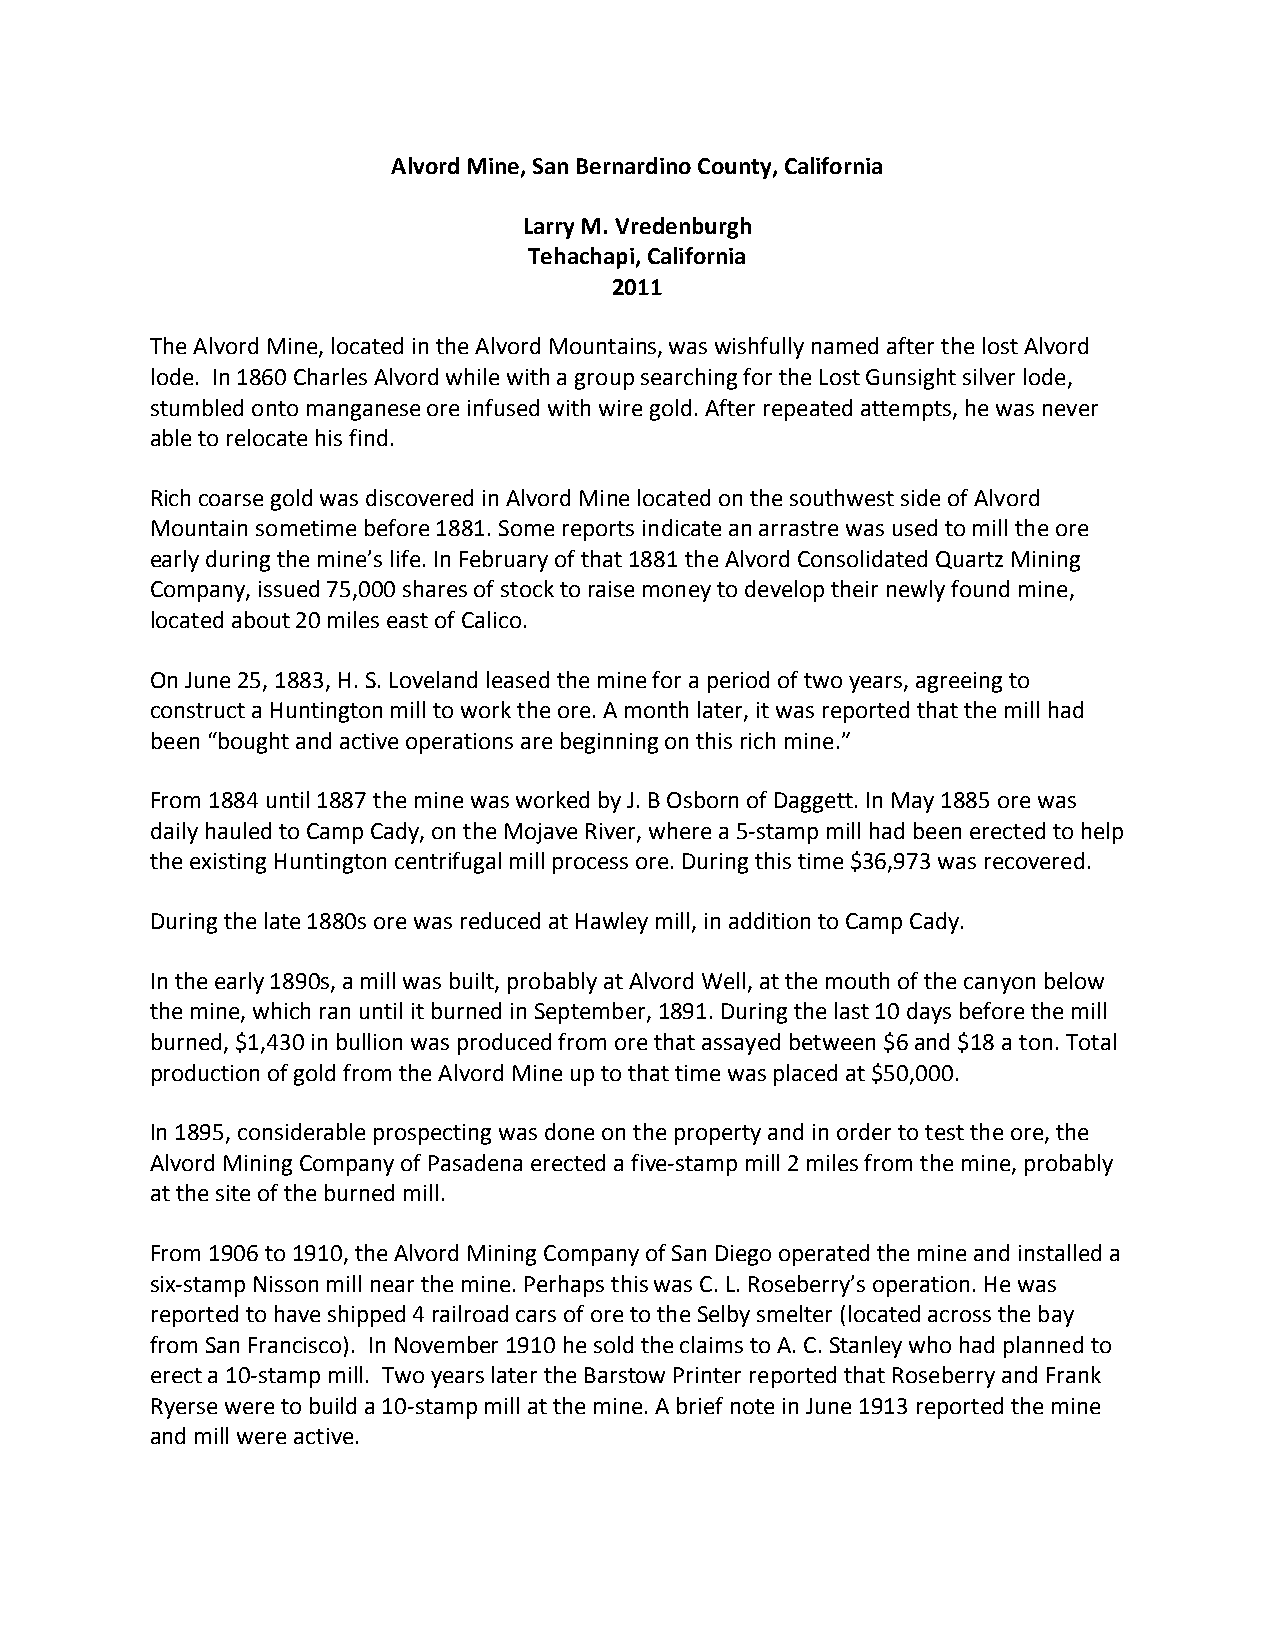
Alvord Mine, San Bernardino County, California
 Larry M. Vredenburgh
 Tehachapi, California
 2011
 The Alvord Mine, located in the Alvord Mountains, was wishfully named after the lost Alvord
 lode. In 1860 Charles Alvord while with a group searching for the Lost Gunsight silver lode,
 stumbled onto manganese ore infused with wire gold. After repeated attempts, he was never
 able to relocate his find.
 Rich coarse gold was discovered in Alvord Mine located on the southwest side of Alvord
 Mountain sometime before 1881. Some reports indicate an arrastre was used to mill the ore
 early during the mine’s life. In February of that 1881 the Alvord Consolidated Quartz Mining
 Company, issued 75,000 shares of stock to raise money to develop their newly found mine,
 located about 20 miles east of Calico.
 On June 25, 1883, H. S. Loveland leased the mine for a period of two years, agreeing to
 construct a Huntington mill to work the ore. A month later, it was reported that the mill had
 been “bought and active operations are beginning on this rich mine.”
 From 1884 until 1887 the mine was worked by J. B Osborn of Daggett. In May 1885 ore was
 daily hauled to Camp Cady, on the Mojave River, where a 5-stamp mill had been erected to help
 the existing Huntington centrifugal mill process ore. During this time $36,973 was recovered.
 During the late 1880s ore was reduced at Hawley mill, in addition to Camp Cady.
 In the early 1890s, a mill was built, probably at Alvord Well, at the mouth of the canyon below
 the mine, which ran until it burned in September, 1891. During the last 10 days before the mill
 burned, $1,430 in bullion was produced from ore that assayed between $6 and $18 a ton. Total
 production of gold from the Alvord Mine up to that time was placed at $50,000.
 In 1895, considerable prospecting was done on the property and in order to test the ore, the
 Alvord Mining Company of Pasadena erected a five-stamp mill 2 miles from the mine, probably
 at the site of the burned mill.
 From 1906 to 1910, the Alvord Mining Company of San Diego operated the mine and installed a
 six-stamp Nisson mill near the mine. Perhaps this was C. L. Roseberry’s operation. He was
 reported to have shipped 4 railroad cars of ore to the Selby smelter (located across the bay
 from San Francisco). In November 1910 he sold the claims to A. C. Stanley who had planned to
 erect a 10-stamp mill. Two years later the Barstow Printer reported that Roseberry and Frank
 Ryerse were to build a 10-stamp mill at the mine. A brief note in June 1913 reported the mine
 and mill were active.